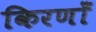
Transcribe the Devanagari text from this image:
किरणोँ